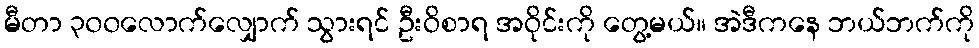
မီတာ ၃၀၀လောက်လျှောက် သွားရင် ဦးဝိစာရ အဝိုင်းကို တွေ့မယ်။ အဲဒီကနေ ဘယ်ဘက်ကို